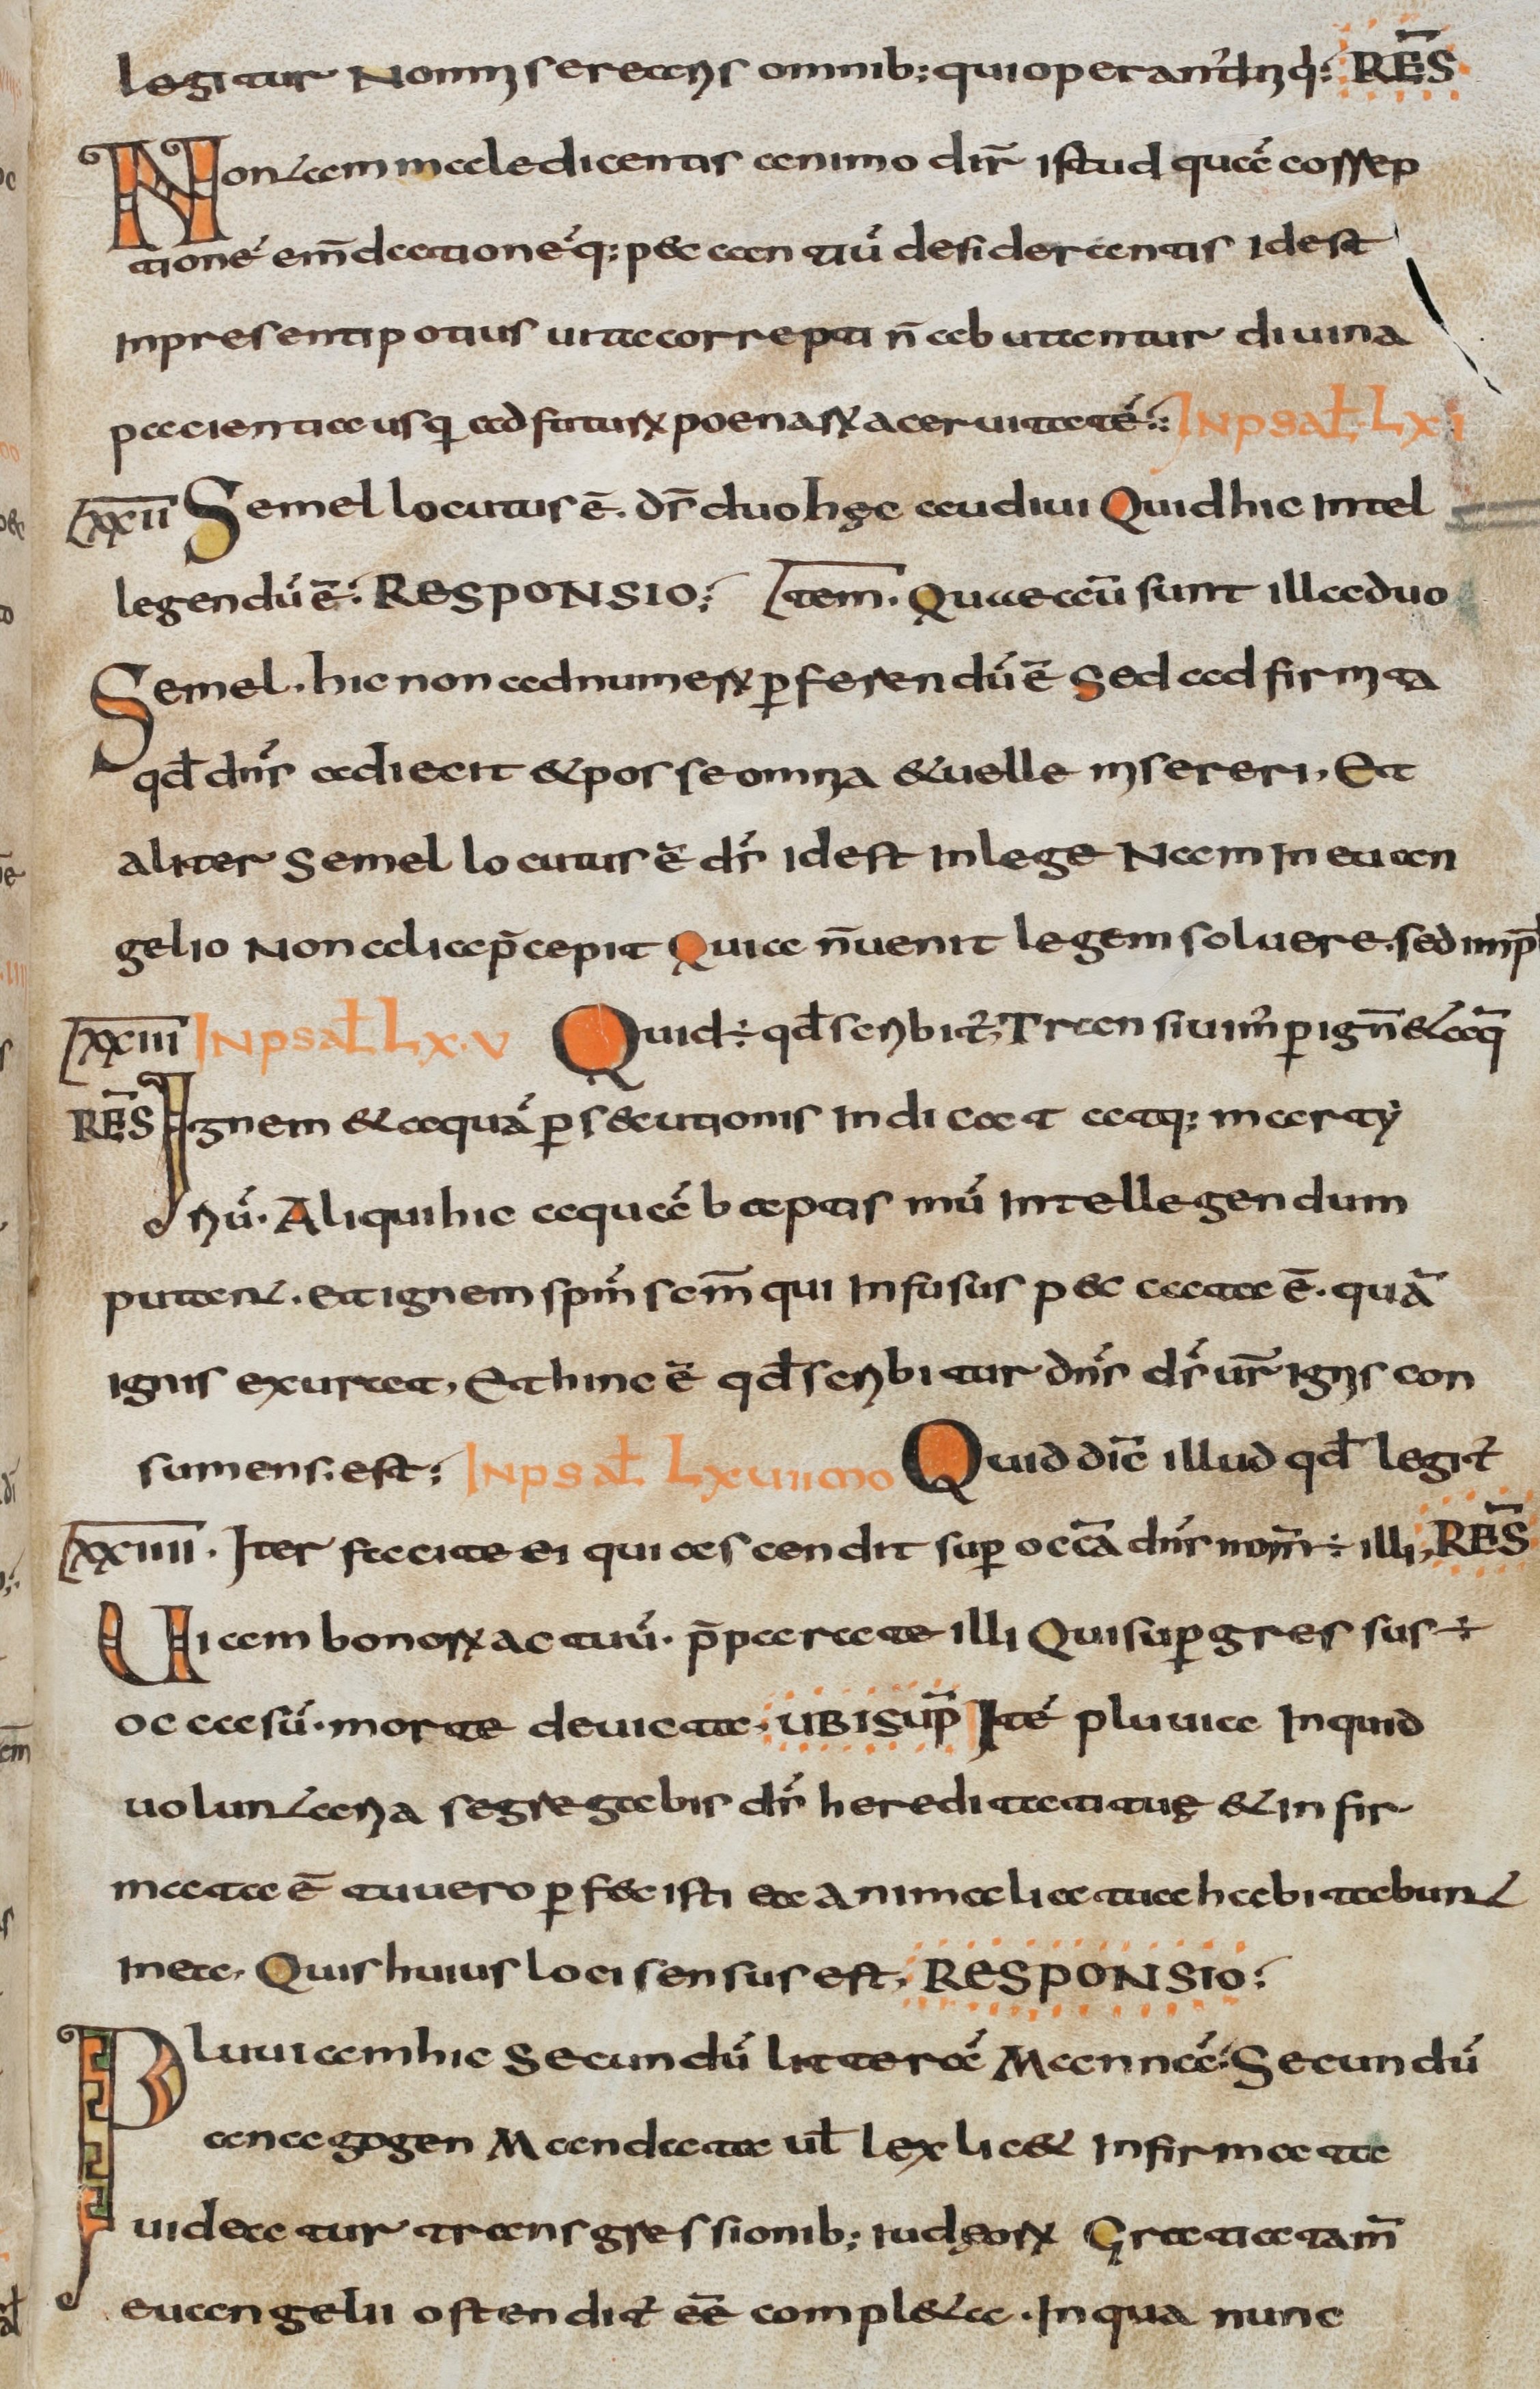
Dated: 800–830